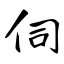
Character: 伺